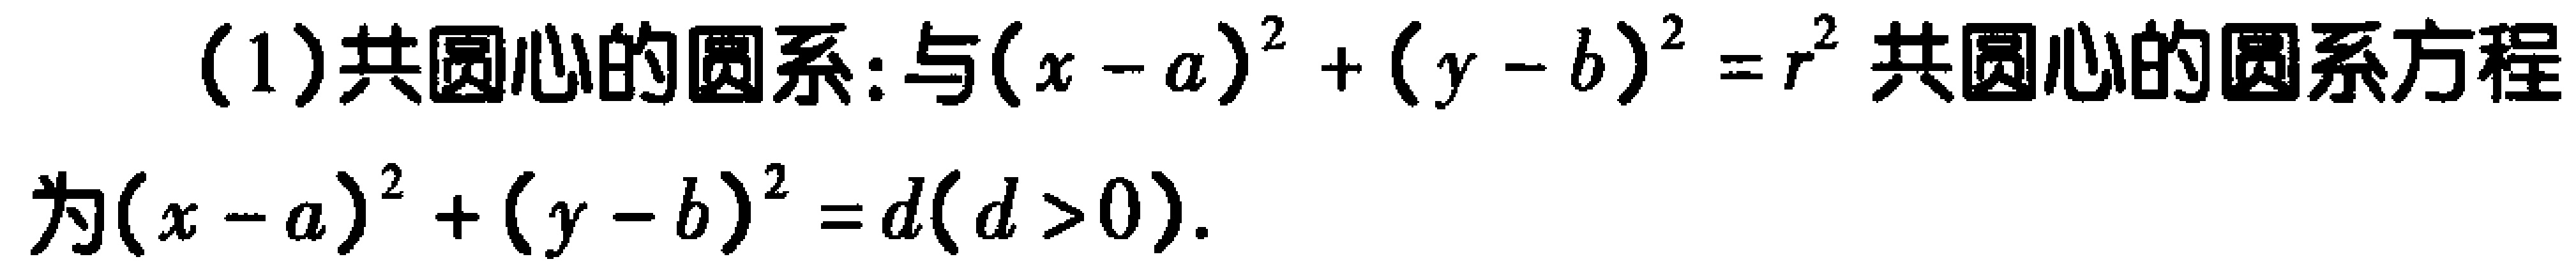
(1)共圆心的圆系:与\((x - a)^{2}+(y - b)^{2}=r^{2}\)共圆心的圆系方程为\((x - a)^{2}+(y - b)^{2}=d(d > 0)\).